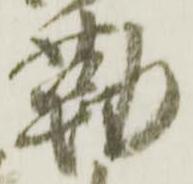
勤